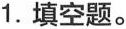
1.填空题。